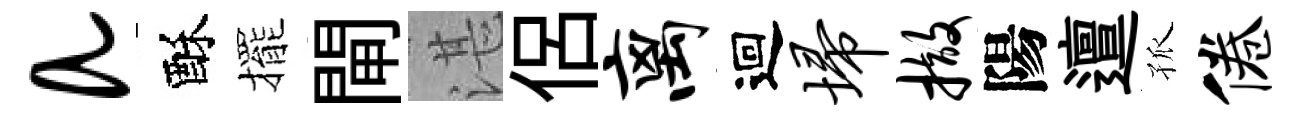
a酥擺閘湛侶离迴埽撤陽邅孤倦